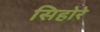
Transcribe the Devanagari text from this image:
सिहोरे